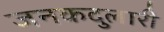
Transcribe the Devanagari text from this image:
जनकदुलारी